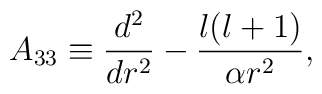
A_{33} \equiv {d^{2}\over dr^{2}}-{l(l+1)\over \alpha r^{2}},